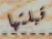
قبلتها